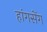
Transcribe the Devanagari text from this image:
हांगसेंग